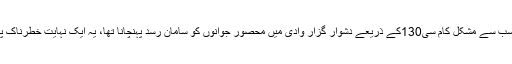
جس میں سب سے مشکل کام سی130کے ذریعے دشوار گزار وادی میں محصور جوانوں کو سامان رسد پہنچانا تھا، یہ ایک نہایت خطرناک پرواز تھی۔